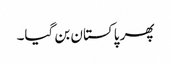
پھر پاکستان بن گیا۔